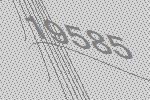
19585